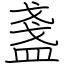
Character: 盞